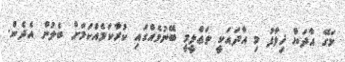
މަގޭ އާދަޔާ ޚިލާފު މި އާދައަކީ ތަޢްލީމީ ބޭނުމެއްގައި ކުރާކަމެއްކަމަށް ބެލުން އެދެން.